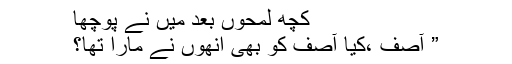
کچھ لمحوں بعد میں نے پوچھا
” آصف ،کیا آصف کو بھی انھوں نے مارا تھا؟